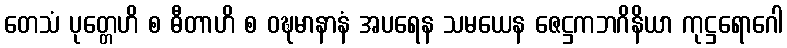
တေသံ ပုတ္တေဟိ စ ဓီတာဟိ စ ဝဍ္ဎမာနာနံ အပရေန သမယေန ဇေဋ္ဌကဘဂိနိယာ ကုဋ္ဌရောဂေါ